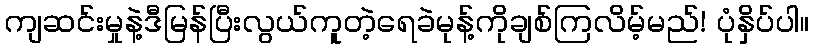
ကျဆင်းမှုနဲ့ဒီမြန်ပြီးလွယ်ကူတဲ့ရေခဲမုန့်ကိုချစ်ကြလိမ့်မည်! ပုံနှိပ်ပါ။